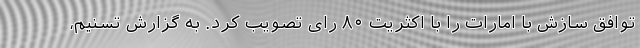
توافق سازش با امارات را با اکثریت ۸۰ رای تصویب کرد. به گزارش تسنیم،